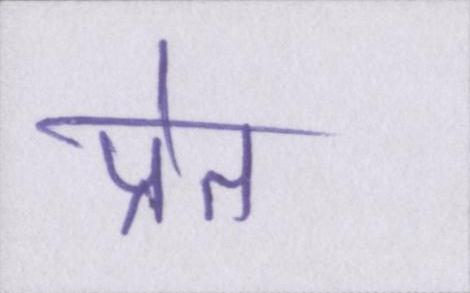
प्रेत